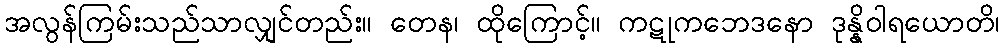
အလွန်ကြမ်းသည်သာလျှင်တည်း။ တေန၊ ထိုကြောင့်။ ကဋုကဘေဒနော ဒုန္နိဝါရယောတိ၊